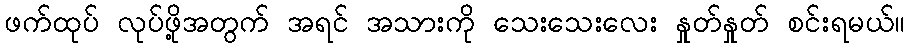
ဖက်ထုပ် လုပ်ဖို့အတွက် အရင် အသားကို သေးသေးလေး နှုတ်နှုတ် စင်းရမယ်။